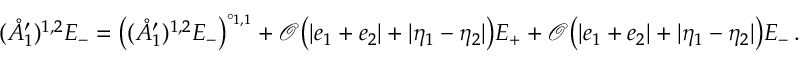
( \mathring { A } _ { 1 } ^ { \prime } ) ^ { { 1 , 2 } } E _ { - } = \big ( ( \mathring { A } _ { 1 } ^ { \prime } ) ^ { { 1 , 2 } } E _ { - } \big ) ^ { \circ _ { 1 , 1 } } + \mathcal { O } \big ( | e _ { 1 } + e _ { 2 } | + | \eta _ { 1 } - \eta _ { 2 } | \big ) E _ { + } + \mathcal { O } \big ( | e _ { 1 } + e _ { 2 } | + | \eta _ { 1 } - \eta _ { 2 } | \big ) E _ { - } \, .